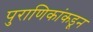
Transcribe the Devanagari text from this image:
पुराणिकांकडून